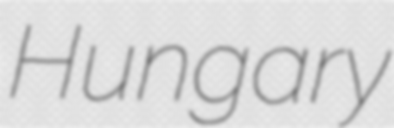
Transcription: Hungary